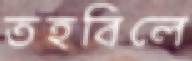
তহবিলে